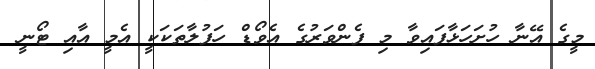
މީގެ އޭނާ ހުށަހަޅާފައިވާ މި ފެންވަރުގެ އެވޯޑް ހަފުލާތަކަކީ އެމީ އާއި ޓޯނީ